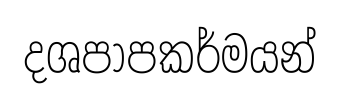
දශපාපකර්මයන්